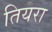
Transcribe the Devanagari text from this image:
तियरा